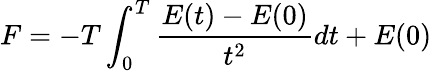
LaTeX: F=-T\int_{0}^{T}{\frac{E(t)-E(0)}{t^{2}}}dt+E(0)